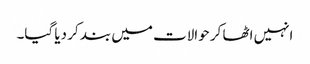
انہیں اٹھا کر حوالات میں بند کر دیا گیا۔